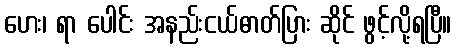
ဟေး၊ ရာ ပေါင်း အနည်းငယ်ဓာတ်ပြား ဆိုင် ဖွင့်လို့ရပြီ။